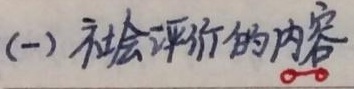
(一) 社会评价的内容